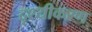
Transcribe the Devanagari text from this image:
दृश्यीकरण